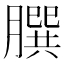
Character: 𦠆